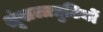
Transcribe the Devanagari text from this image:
श्रृंखलात्रुटियों